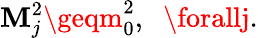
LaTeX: \mathbf{M}_{j}^{2}\geqm_{0}^{2},\; \; \forallj.